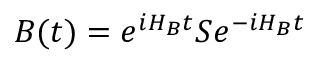
B ( t ) = { { e } ^ { i { { H } _ { B } } t } } S { { e } ^ { - i { { H } _ { B } } t } }